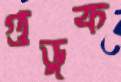
গুডুক